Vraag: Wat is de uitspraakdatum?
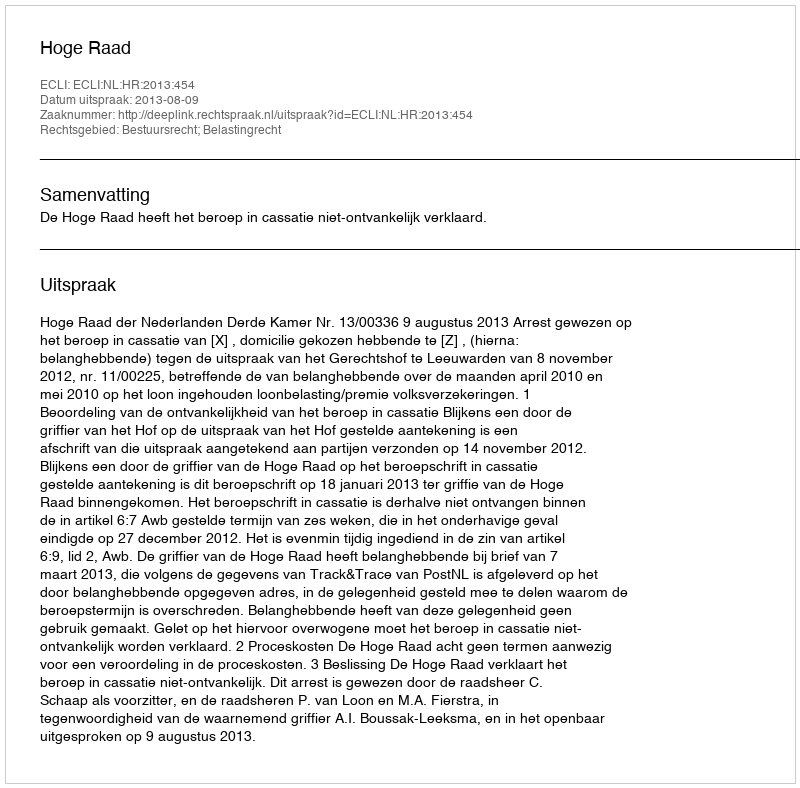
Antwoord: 2013-08-09